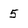
Character: 5